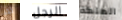
لقد الرجل الملكة